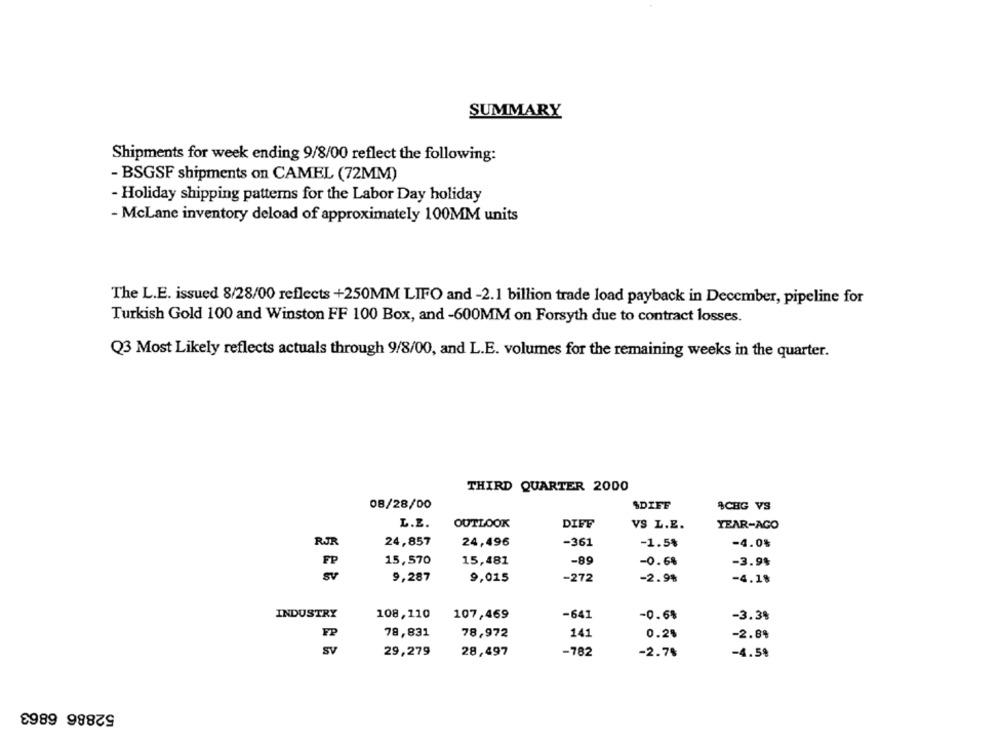
SUMMARY
Shipments for week ending 9/8/00 reflect the following:
- BSGSF shipments on CAMEL (72MM)
- Holiday shipping patterns for the Labor Day holiday
- McLane inventory deload of approximately 100MM units
The L.E. issued 8/28/00 reflects +250MM LIFO and -2.1 billion trade load payback in December, pipeline for
Turkish Gold 100 and Winston FF 100 Box, and -600MM on Forsyth due to contract losses.
Q3 Most Likely reflects actuals through 9/8/00, and L.E. volumes for the remaining weeks in the quarter.
THIRD QUARTER 2000
08/28/00
SDIFF
ACHG VS
L.Z.
OUTLOOK
DIFF
VS L.E.
YEAR-AGO
RJR
24,857
24,496
-361
-1.5%
-4.0%
15,570
15,481
-89
-0.6%
-3.9%
SV
9,287
9,015
-272
-2.9%
-4.18
INDUSTRY
108,110
107,469
-641
-0.6%
-3.3%
FP
78,831
78,972
141
0.25
-2.8%
SV
29,279
28,497
-782
-2.7%
-4.59
52886 6863